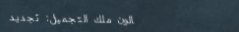
صالون ملك التجميل: تجديد